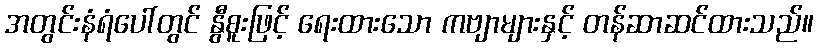
အတွင်းနံရံပေါ်တွင် နွီစူးဖြင့် ရေးထားသော ကဗျာများနှင့် တန်ဆာဆင်ထားသည်။